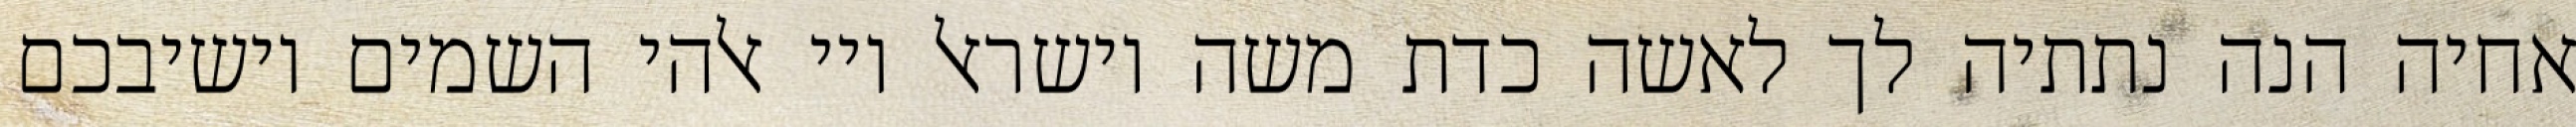
אחיה הנה נתתיה לך לאשה כדת משה וישראל ויי אלהי השמים יושיבכם